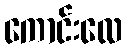
ကောင်းလေ